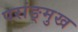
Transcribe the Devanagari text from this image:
परांङ्‌मुख